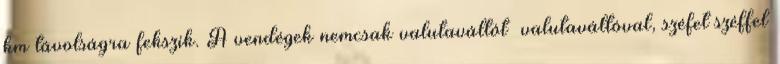
km távolságra fekszik. A vendégek nemcsak valutaváltót │valutaváltóval, széfet│széffel